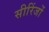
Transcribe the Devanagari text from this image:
सीरिंजों